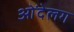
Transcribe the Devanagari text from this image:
ओंदेलग